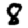
Digit: 8